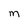
Character: m